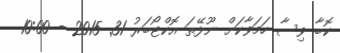
ކޮބާ ވިސާ ހަމަވާކަށް ނޫޅޭތަ އޮކްޓޯބަރު 31